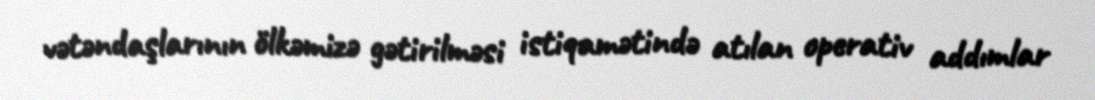
vətəndaşlarının ölkəmizə gətirilməsi istiqamətində atılan operativ addımlar